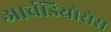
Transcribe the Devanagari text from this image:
आर्चडियोसेस